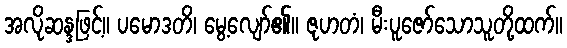
အလိုဆန္ဒဖြင့်။ ပမောဒတိ၊ မွေ့လျော်၏။ ဇုဟတံ၊ မီးပူဇော်သောသူတို့ထက်။